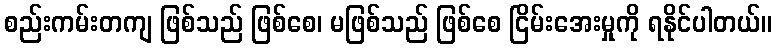
စည်းကမ်းတကျ ဖြစ်သည် ဖြစ်စေ၊ မဖြစ်သည် ဖြစ်စေ ငြိမ်းအေးမှုကို ရနိုင်ပါတယ်။